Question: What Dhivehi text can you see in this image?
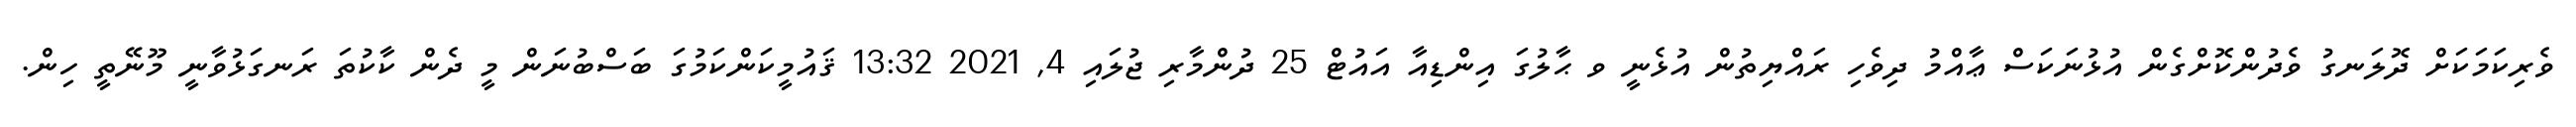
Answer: ވެރިކަމަކަށް ދޮލަނގު ވެދުންކޮށްގެން އުޅުނަކަސް ޢާއްމު ދިވެހި ރައްޔިތުން އުޅެނީ ވ ޙާލުގަ އިންޑިއާ އައުޓް 25 ދުންމާރި ޖުލައި 4, 2021 13:32 ޤައުމީކަންކަމުގަ ބަސްބުނަން މީ ދެން ކާކުތަ ރަނގަޅުވާނީ މޫނޭތީ ހިން.